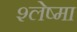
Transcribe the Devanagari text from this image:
श्‍लेष्‍मा